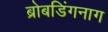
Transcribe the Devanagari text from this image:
ब्रोबडिंगनाग